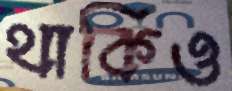
থাকিও